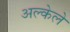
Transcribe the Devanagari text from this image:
अल्केले